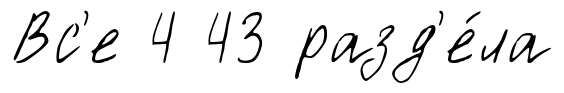
Вс'е 4 43 разд'е́ла